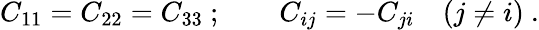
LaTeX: C_{11}=C_{22}=C_{33}~;\qquad C_{ij}=-C_{ji}\quad(j\neq i)~.